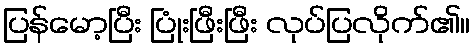
ပြန်မော့ပြီး ပြုံးဖြီးဖြီး လုပ်ပြလိုက်၏။